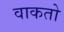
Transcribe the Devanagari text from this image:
वाकतो